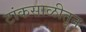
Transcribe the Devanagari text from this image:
टांकसाळीतून